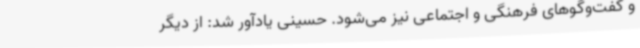
و گفت‌وگوهای فرهنگی و اجتماعی نیز می‌شود. حسینی یادآور شد: از دیگر